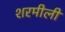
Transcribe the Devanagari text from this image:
शरमीली